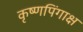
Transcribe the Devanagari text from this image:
कृष्णपिंगाक्ष